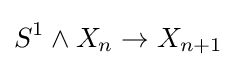
S^{1}\wedge X_{n}\to X_{n+1}